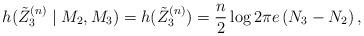
LaTeX: \begin{align*}h(\tilde{Z}_3^{(n)}\mid M_2,M_3)=h(\tilde{Z}_3^{(n)})=\frac{n}{2} \log 2 \pi e\left(N_3-N_2\right),\end{align*}